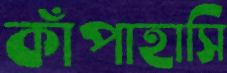
কাঁপাহাসি